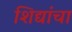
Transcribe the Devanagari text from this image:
शिद्यांचा